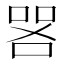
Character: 𫪟